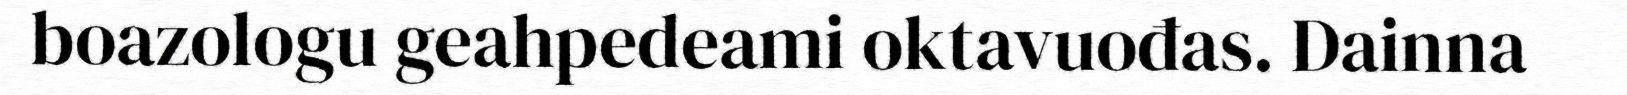
boazologu geahpedeami oktavuođas. Dainna